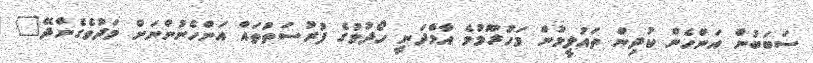
ސަބަބުން އަންހެން ކުދިން ތައުލީމުން މަހުރޫމުވެ އާމްދަނީ ހޯދުމުގެ ފުރުސަތުތައް އަންހެނުންނަށް މަދުވެގެންދޭ"